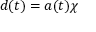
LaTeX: d ( t ) = a ( t ) \chi